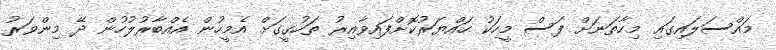
މައްސަލައިގައި މިހާތަނަށް ފަސް މީހަކު ހައްޔަރުކޮށްފައިވާއިރު ތަހުގީގަށް އެމީހުން އެއްބާރުލުހުން ދޭ މިންވަރު